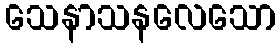
သေနာသနလေသော